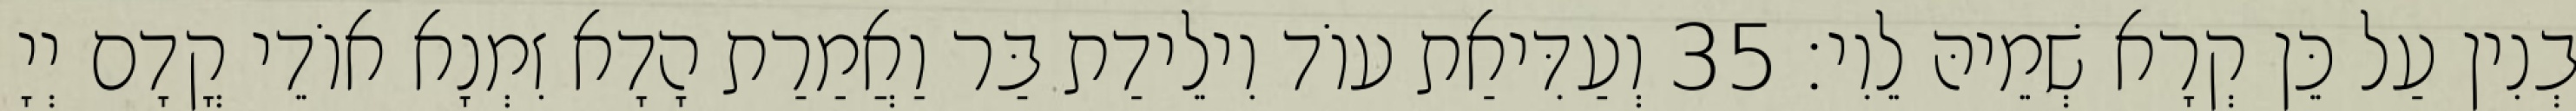
בְנִין עַל כֵּן קְרָא שְׁמֵיהּ לֵוִי׃ 35 וְעַדִּיאַת עוֹד וִילֵידַת בַּר וַאֲמַרַת הָדָא זִמְנָא אוֹדֵי קֳדָם יְיָ